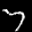
Label: 7